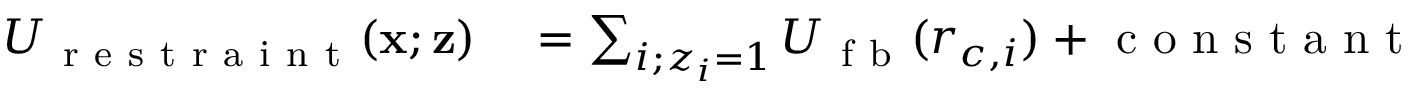
\begin{array} { r l } { U _ { \mathrm { ~ r ~ e ~ s ~ t ~ r ~ a ~ i ~ n ~ t ~ } } ( \mathbf { x } ; \mathbf { z } ) } & { { } = \sum _ { i ; z _ { i } = 1 } U _ { \mathrm { ~ f ~ b ~ } } ( r _ { c , i } ) + \mathrm { ~ c ~ o ~ n ~ s ~ t ~ a ~ n ~ t ~ } } \end{array}